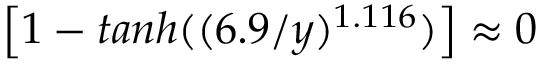
\left[ 1 - t a n h ( ( 6 . 9 / y ) ^ { 1 . 1 1 6 } ) \right] \approx 0